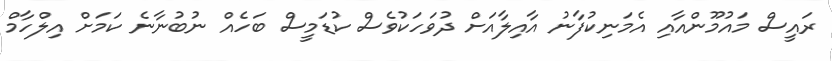
ރައީސް މައުމޫންއާއި އެމަނިކުފާނު އާއިލާއަށް ދުވަހަކުވެސް ކުޑަމީސް ބަހެއް ނުބުނާނެ ކަމަށް އިލްހާމް